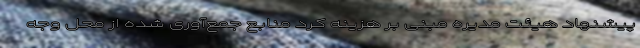
پیشنهاد هیئت مدیره مبنی بر هزینه کرد منابع جمع‌آوری شده از محل وجه